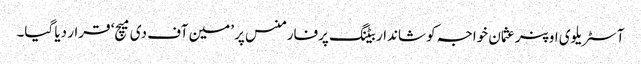
آسٹریلوی اوپنر عثمان خواجہ کو شاندار بیٹنگ پرفارمنس پر ’مین آف دی میچ‘ قرار دیا گیا۔